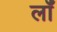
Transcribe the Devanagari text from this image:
लॉं